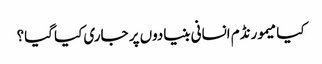
کیا میمورنڈم انسانی بنیادوں پر جاری کیا گیا؟